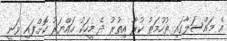
އެ މައްސަލާގައި ތުހުމަތު ކުރާ އިތުރު ދެ މީހަކު ހައްޔަރު ކޮށްފައި ވަނީ